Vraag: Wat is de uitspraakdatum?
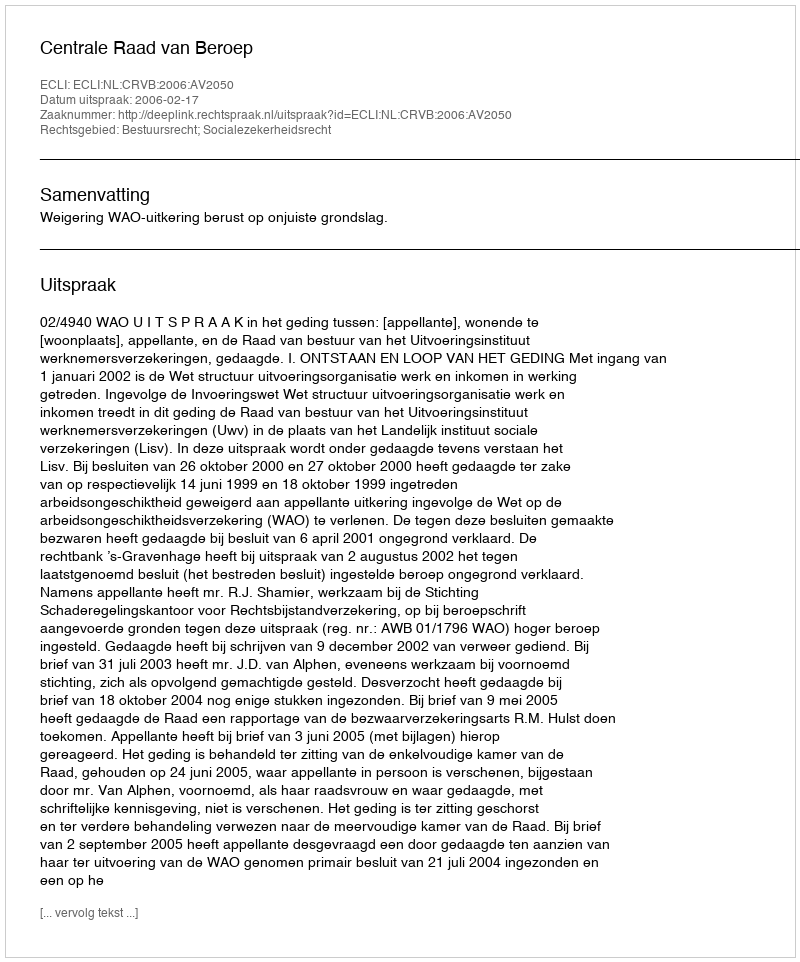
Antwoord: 2006-02-17